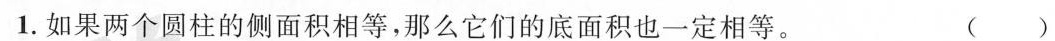
1.如果两个圆柱的侧面积相等，那么它们的底面积也一定相等。 ( )